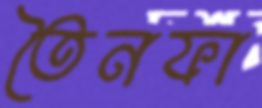
তৈনফা